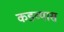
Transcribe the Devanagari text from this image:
कडव्यास